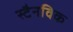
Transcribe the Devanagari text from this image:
स्टैनविक